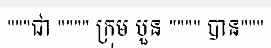
"""ជា """" ក្រុម បួន """" បាន"""